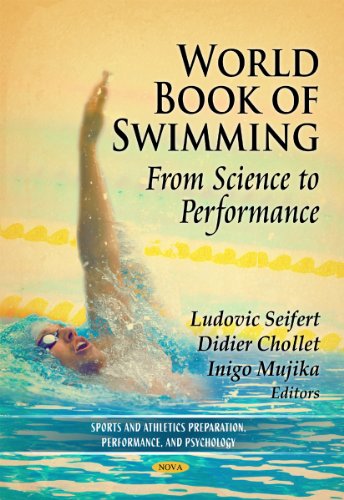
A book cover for World Book of Swimming: From Science to Performance (Sports and Athletics Preparation, Performance and Psychology); Sports & Outdoors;